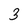
Character: 3